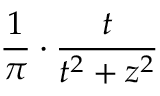
\frac { 1 } { \pi } \cdot \frac { t } { t ^ { 2 } + z ^ { 2 } }